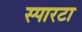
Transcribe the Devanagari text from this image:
स्पारटा